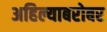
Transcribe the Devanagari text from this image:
अहिल्याबरोबर